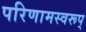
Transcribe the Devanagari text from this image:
परिणामस्वरूप्